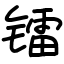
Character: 镭